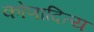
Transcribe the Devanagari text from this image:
कोणादित्य